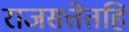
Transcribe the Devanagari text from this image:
राजसत्तेंतहि